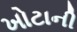
ખોટાની